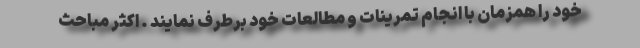
خود را همزمان با انجام تمرینات و مطالعات خود برطرف نمایند . اکثر مباحث